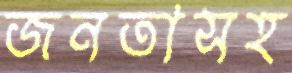
জনতাসহ